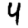
Digit: 4